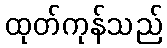
ထုတ်ကုန်သည်